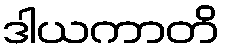
ဒါယကာတိ